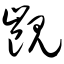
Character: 觊